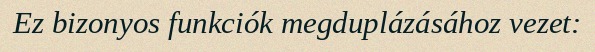
Ez bizonyos funkciók megduplázásához vezet: